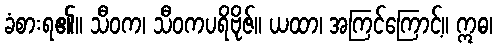
ခံစားရ၏။ သီဝက၊ သီဝကပရိဗိုဇ်။ ယထာ၊ အကြင်ကြောင့်။ ဣဓ၊